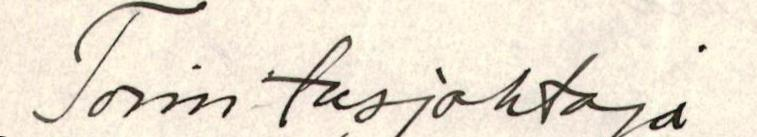
Toimitusjohtaja